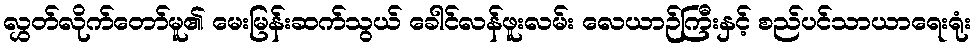
လွှတ်လိုက်တော်မူ၏ မေးမြန်းဆက်သွယ် ခေါင်လန်ဖူးလမ်း လေယာဉ်ကြီးနှင့် စည်ပင်သာယာရေးရုံး